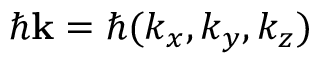
\hbar \mathbf { k } = \hbar ( k _ { x } , k _ { y } , k _ { z } )